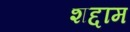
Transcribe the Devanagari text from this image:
शद्दाम